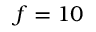
f = 1 0